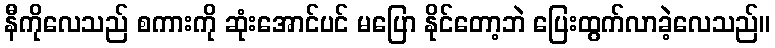
နီကိုလေသည် စကားကို ဆုံးအောင်ပင် မပြော နိုင်တော့ဘဲ ပြေးထွက်လာခဲ့လေသည်။